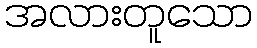
အလားတူသော